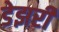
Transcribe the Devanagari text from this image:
डेझरी